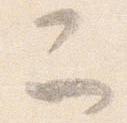
二